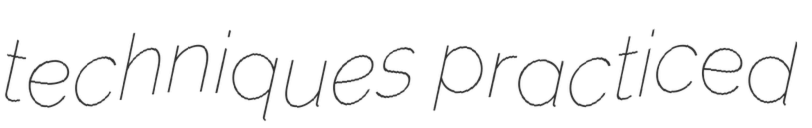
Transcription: techniques practiced